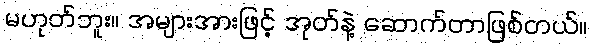
မဟုတ်ဘူး။ အများအားဖြင့် အုတ်နဲ့ ဆောက်တာဖြစ်တယ်။